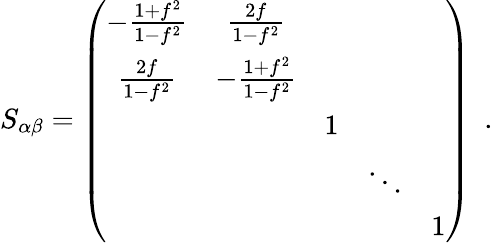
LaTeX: S_{\alpha\beta}=\left(\begin{array}{ccccc}{{-\frac{1+f^{2}}{1-f^{2}}}}&{{\frac{2f}{1-f^{2}}}}&{{}}&{{}}&{{}}\\ {{\frac{2f}{1-f^{2}}}}&{{-\frac{1+f^{2}}{1-f^{2}}}}&{{}}&{{}}&{{}}\\ {{}}&{{}}&{{1}}&{{}}&{{}}\\ {{}}&{{}}&{{}}&{{\ddots}}&{{}}\\ {{}}&{{}}&{{}}&{{}}&{{1}}\end{array}\right)~~.